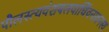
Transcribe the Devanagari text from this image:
पौलस्त्यवंशबलवार्धिवनावनस्य